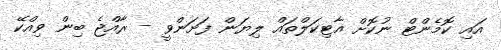
އައި ކޮމެންޓް ނުކޮށް އާޓިކަލްތައް ލިޔަން ފަށަންވީ - ރާއްޖެ ބިން ވިއްކޭ